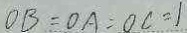
O B = O A = O C = 1